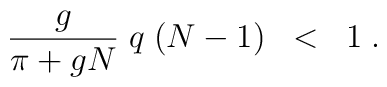
\frac{g}{\pi+gN}\; q \; (N-1) \; \; < \; \; 1 \; .